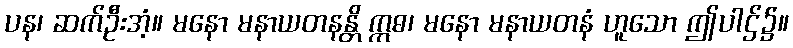
ပန၊ ဆက်ဦးအံ့။ မနော မနာယတနန္တိ ဣဓ၊ မနော မနာယတနံ ဟူသော ဤပါဌ်၌။